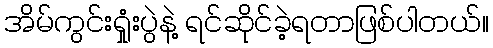
အိမ်ကွင်းရှုံးပွဲနဲ့ ရင်ဆိုင်ခဲ့ရတာဖြစ်ပါတယ်။